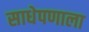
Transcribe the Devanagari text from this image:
साधेपणाला